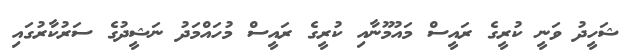
ޝަހީދު ވަނީ ކުރީގެ ރައީސް މައުމޫނާއި ކުރީގެ ރައީސް މުހައްމަދު ނަޝީދުގެ ސަރުކާރުގައި